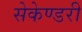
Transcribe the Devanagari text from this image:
सेकेण्‍डरी